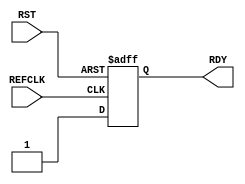
/*An empty IDELAYCTRL model*/
module IDELAYCTRL (/*AUTOARG*/
   // Outputs
   RDY,
   // Inputs
   REFCLK, RST
   );

   output  RDY;    //goes high when delay has been calibrated
   input   REFCLK; //reference clock for setting tap delay
   input   RST;    //reset pulse for setting 
   
   reg 	    RDY;
   
   always @ (posedge REFCLK or posedge RST)
     if(RST)
       RDY <= 1'b0;
     else
       RDY <= 1'b1; //one clock cycle on REFCLK
   
endmodule // IDELAYCTRL